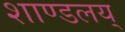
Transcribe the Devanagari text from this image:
शाण्डलय्